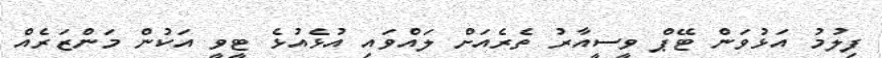
ފިލުމު އަޅުވަން ޓޭޕް ވީސީއާރު ތެރެއަށް ލައްވައި އުޅެއުޅެ ޓީވީ އަކުން މަންޒަރެއް